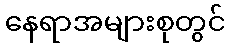
နေရာအများစုတွင်